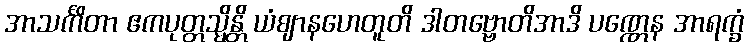
အာသင်္ကိတာ ဧကပုတ္တသ္မိန္တိ ယံဈာနဟေတူတိ ဒါတဗ္ဗောတိအာဒိ ပဏ္ဏေန အာရက္ခံ